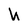
Character: h